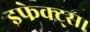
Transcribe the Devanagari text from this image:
इफेक्ट्स।